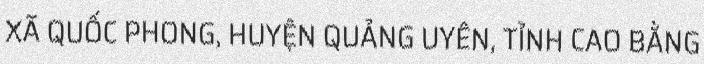
XÃ QUỐC PHONG, HUYỆN QUẢNG UYÊN, TỈNH CAO BẰNG